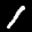
Label: 1